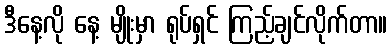
ဒီနေ့လို နေ့ မျိုးမှာ ရုပ်ရှင် ကြည့်ချင်လိုက်တာ။